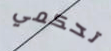
تحكمي